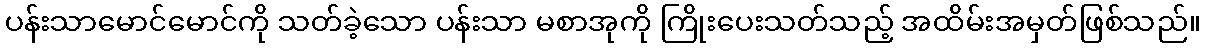
ပန်းသာမောင်မောင်ကို သတ်ခဲ့သော ပန်းသာ မစာအုကို ကြိုးပေးသတ်သည့် အထိမ်းအမှတ်ဖြစ်သည်။